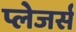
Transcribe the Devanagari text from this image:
प्लेजर्स